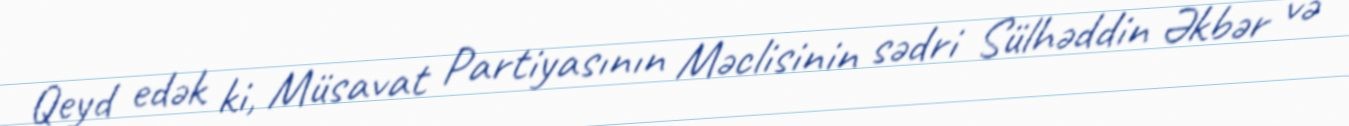
Qeyd edək ki, Müsavat Partiyasının Məclisinin sədri Sülhəddin Əkbər və